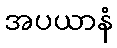
အပယာနံ